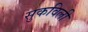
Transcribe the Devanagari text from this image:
सुकविली